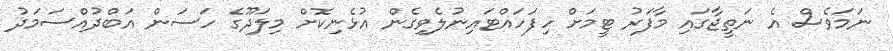
ނަމަވެސް އެ ނަތީޖާގައި މާފަރު ޓީމަށް ހިފަހައްޓައިނުލެވިގެން އުޅެނިކޮށް މިލަދޫގެ ހަސަން އަބްދުއްސަމަދު